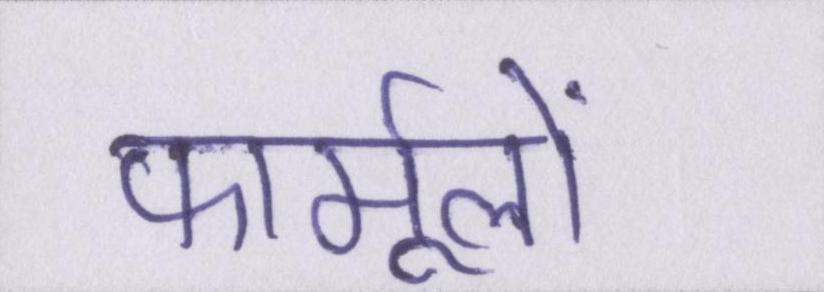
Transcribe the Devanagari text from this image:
फार्मूलों